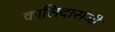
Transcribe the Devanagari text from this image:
कालिदासजी